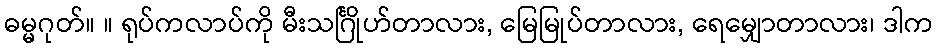
ဓမ္မဂုတ်။ ။ ရုပ်ကလာပ်ကို မီးသင်္ဂြိုဟ်တာလား, မြေမြုပ်တာလား, ရေမျှောတာလား၊ ဒါက